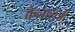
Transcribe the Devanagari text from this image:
कैलाशजी